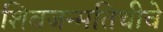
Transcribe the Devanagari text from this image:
शिवजन्मतिथीचे